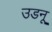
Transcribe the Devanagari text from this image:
उडनू